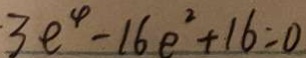
3 e ^ { 4 } - 1 6 e ^ { 2 } + 1 6 = 0